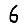
Digit: 6